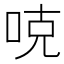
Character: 𠳭